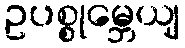
ဥပစ္စုမ္ဘေယျ